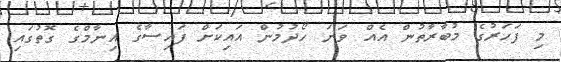
މި ފަހަރުގެ މުބާރާތުން އެއް ވަނަ ހޯދުމުން އައިކަށް ފައިސާގެ އިނާމްގެ ގޮތުގައި